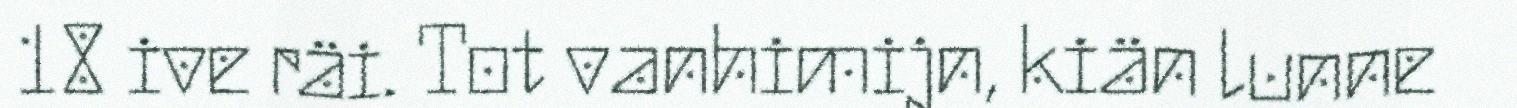
18 ive räi. Tot vanhimijn, kiän lunne